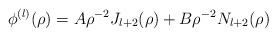
\begin{align*}\phi^{(l)} (\rho) = A \rho^{-2} J_{l + 2} (\rho)+B \rho^{-2} N_{l + 2} (\rho)\end{align*}